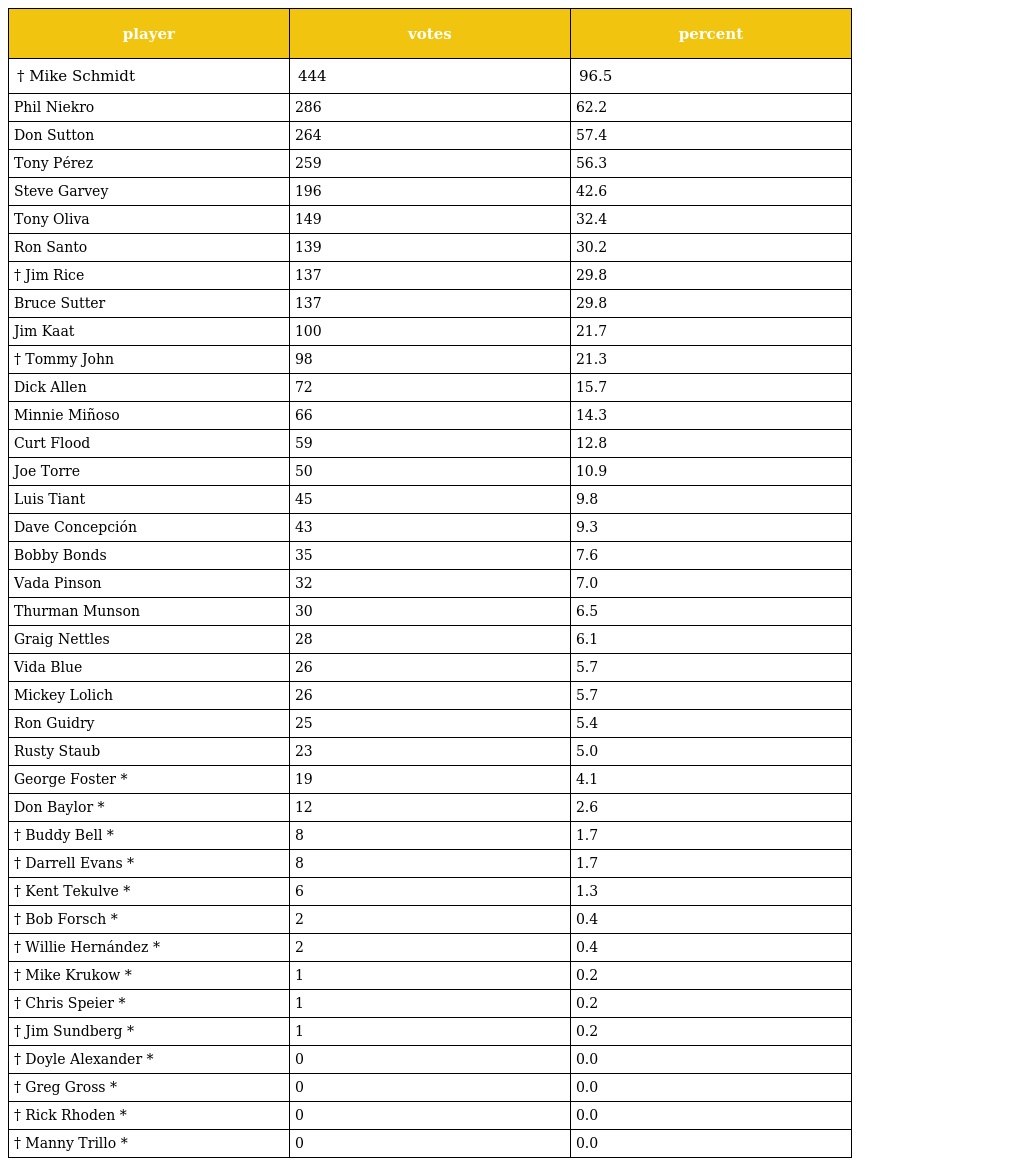
| player | votes | percent |
 | --- | --- | --- |
 | † Mike Schmidt | 444 | 96.5 |
 | Phil Niekro | 286 | 62.2 |
 | Don Sutton | 264 | 57.4 |
 | Tony Pérez | 259 | 56.3 |
 | Steve Garvey | 196 | 42.6 |
 | Tony Oliva | 149 | 32.4 |
 | Ron Santo | 139 | 30.2 |
 | † Jim Rice | 137 | 29.8 |
 | Bruce Sutter | 137 | 29.8 |
 | Jim Kaat | 100 | 21.7 |
 | † Tommy John | 98 | 21.3 |
 | Dick Allen | 72 | 15.7 |
 | Minnie Miñoso | 66 | 14.3 |
 | Curt Flood | 59 | 12.8 |
 | Joe Torre | 50 | 10.9 |
 | Luis Tiant | 45 | 9.8 |
 | Dave Concepción | 43 | 9.3 |
 | Bobby Bonds | 35 | 7.6 |
 | Vada Pinson | 32 | 7.0 |
 | Thurman Munson | 30 | 6.5 |
 | Graig Nettles | 28 | 6.1 |
 | Vida Blue | 26 | 5.7 |
 | Mickey Lolich | 26 | 5.7 |
 | Ron Guidry | 25 | 5.4 |
 | Rusty Staub | 23 | 5.0 |
 | George Foster * | 19 | 4.1 |
 | Don Baylor * | 12 | 2.6 |
 | † Buddy Bell * | 8 | 1.7 |
 | † Darrell Evans * | 8 | 1.7 |
 | † Kent Tekulve * | 6 | 1.3 |
 | † Bob Forsch * | 2 | 0.4 |
 | † Willie Hernández * | 2 | 0.4 |
 | † Mike Krukow * | 1 | 0.2 |
 | † Chris Speier * | 1 | 0.2 |
 | † Jim Sundberg * | 1 | 0.2 |
 | † Doyle Alexander * | 0 | 0.0 |
 | † Greg Gross * | 0 | 0.0 |
 | † Rick Rhoden * | 0 | 0.0 |
 | † Manny Trillo * | 0 | 0.0 |